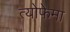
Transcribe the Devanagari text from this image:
त्योफेमा